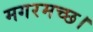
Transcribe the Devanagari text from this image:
मगरमच्छ।